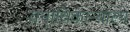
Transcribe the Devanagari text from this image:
वनाधिकार्‍याला